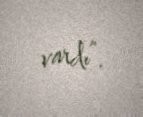
vardı”.